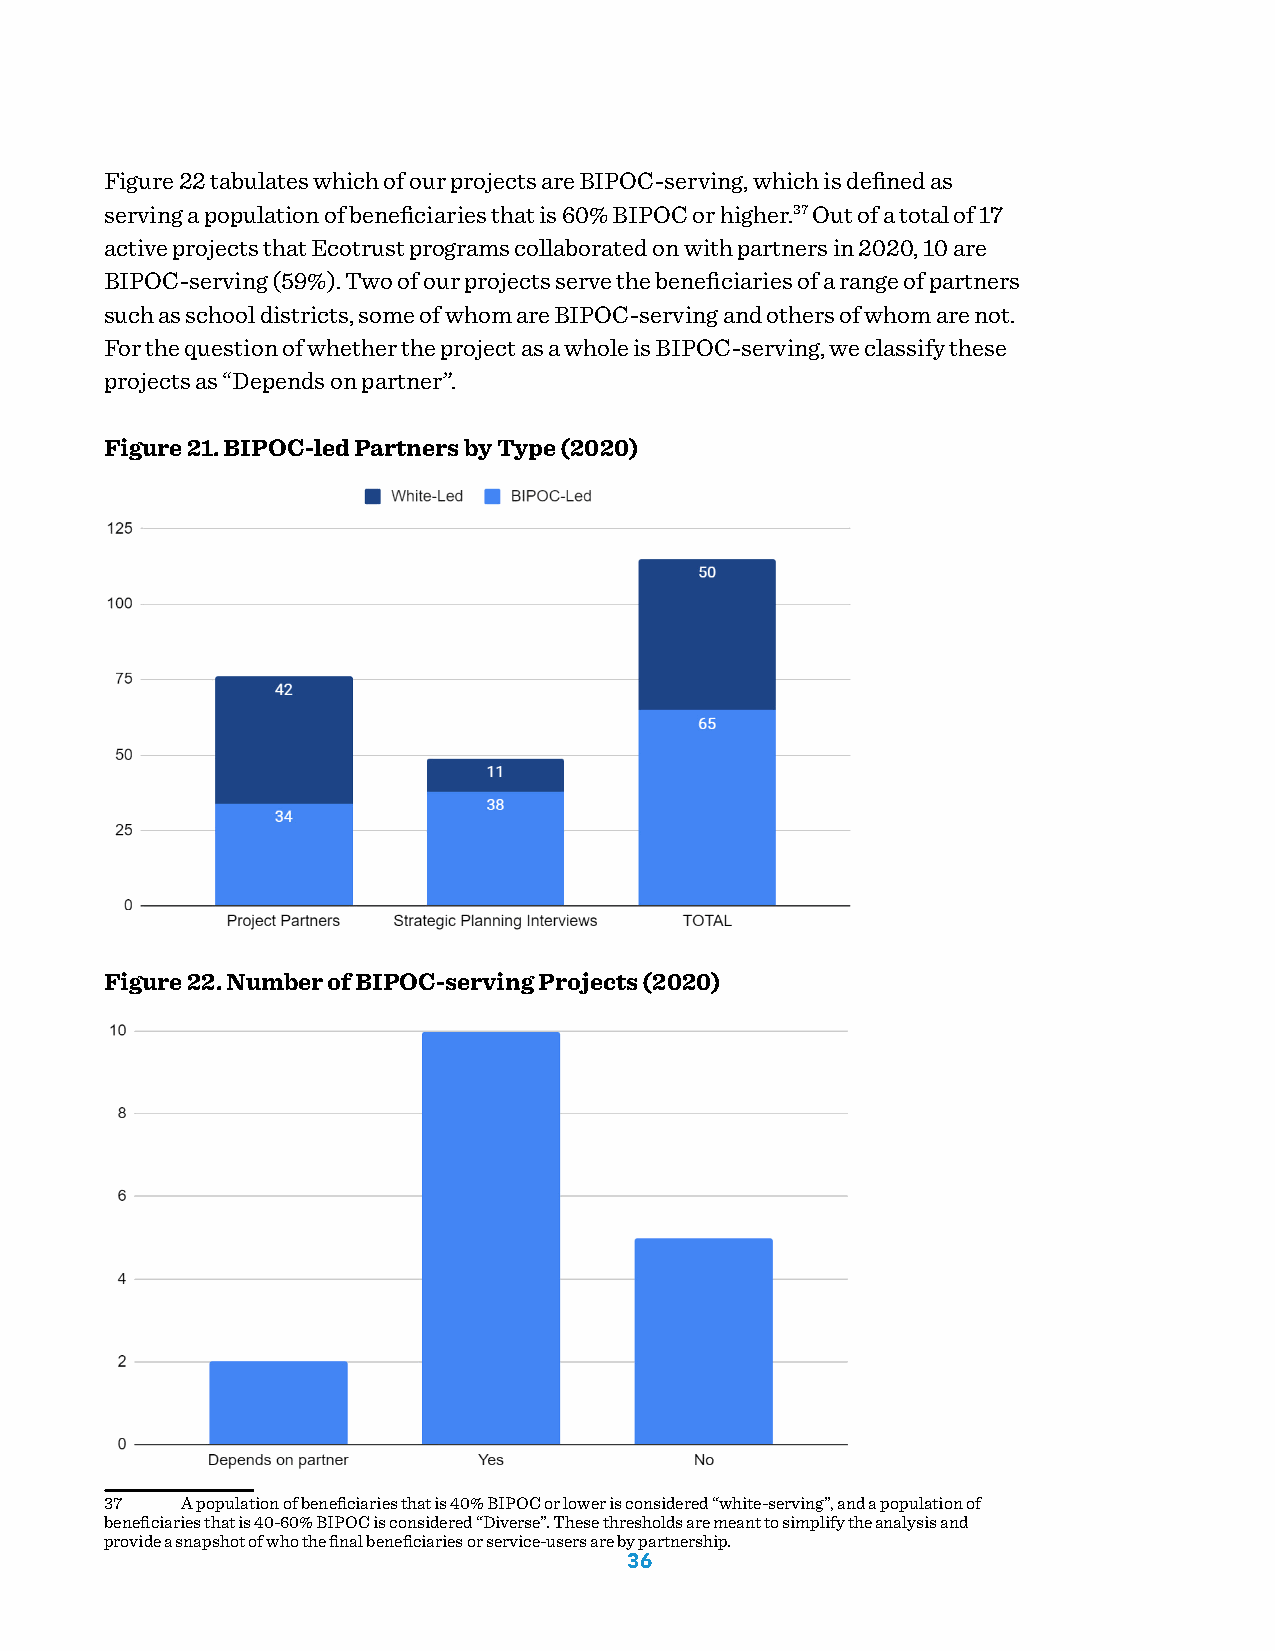
Figure 22 tabulates which of our projects are BIPOC-serving, which is defined as
 serving a population of beneficiaries that is 60% BIPOC or higher.37 Out of a total of 17
 active projects that Ecotrust programs collaborated on with partners in 2020, 10 are
 BIPOC-serving (59%). Two of our projects serve the beneficiaries of a range of partners
 such as school districts, some of whom are BIPOC-serving and others of whom are not.
 For the question of whether the project as a whole is BIPOC-serving, we classify these
 projects as “Depends on partner”.
 Figure 21. BIPOC-led Partners by Type (2020)
 Figure 22. Number of BIPOC-serving Projects (2020)
 37   A population of beneficiaries that is 40% BIPOC or lower is considered “white-serving”, and a population of
 beneficiaries that is 40-60% BIPOC is considered “Diverse”. These thresholds are meant to simplify the analysis and
 provide a snapshot of who the final beneficiaries or service-users are by partnership.
 36